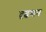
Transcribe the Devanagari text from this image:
दृढमन